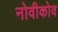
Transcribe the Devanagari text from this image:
नोवीकोव